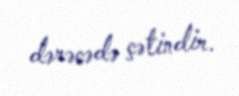
dərəcədə çətindir.